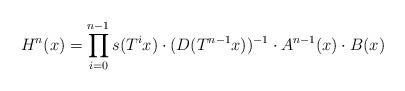
LaTeX: \begin{align*}H\sp n(x)=\prod_{i=0}\sp{n-1}s(T\sp ix)\cdot (D(T\sp{n-1}x))\sp{-1}\cdot A\sp{n-1}(x)\cdot B(x)\end{align*}